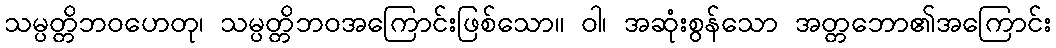
သမ္ပတ္တိဘဝဟေတု၊ သမ္ပတ္တိဘဝအကြောင်းဖြစ်သော။ ဝါ၊ အဆုံးစွန်သော အတ္တဘော၏အကြောင်း